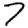
Digit: 7